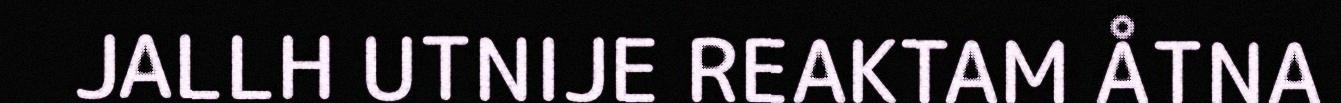
JALLH UTNIJE REAKTAM ÅTNA